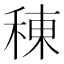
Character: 𫞸